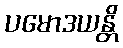
ပမောဒယန္တိ